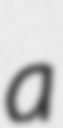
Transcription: a